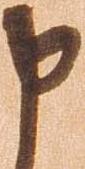
申